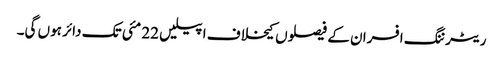
ریٹرننگ افسران کے فیصلوں کیخلاف اپیلیں 22 مئی تک دائر ہوں گی۔